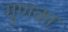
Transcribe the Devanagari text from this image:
गुणका